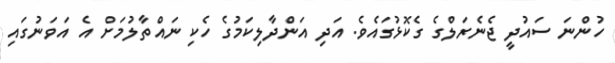
ހުންނަ ސައުދީ ޖެނެރަލްގެ ގެކޮޅުގައެވެ. އަދި އަންދާލިކަމުގެ ހެކި ނައްތާލުމަށް އެ އަވަނުގައި